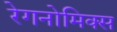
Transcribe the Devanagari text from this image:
रेगनोमिक्स